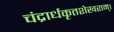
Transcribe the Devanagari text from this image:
चंद्रार्धकृतशेखराम्‌।